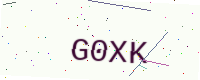
Text: G0XK